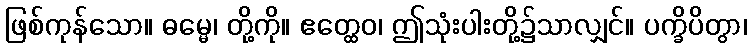
ဖြစ်ကုန်သော။ ဓမ္မေ၊ တို့ကို။ ဧတ္ထေဝ၊ ဤသုံးပါးတို့၌သာလျှင်။ ပက္ခိပိတွာ၊